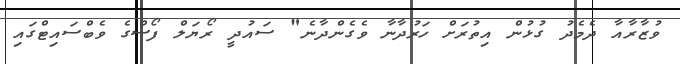
ވުޒާރާއާ ދެމެދު ގުޅުން އިތުރަށް ހަރުދާނާ ވެގެންދާނެ" ސައުދީ ރޯޔަލް ފޯސްގެ ވެބްސައިޓްގައި